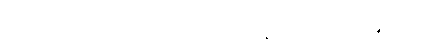
လ ပေး လက်မှတ်ကို ဘယ်နေရာမှာ ဝယ်နိုင်လဲ။